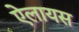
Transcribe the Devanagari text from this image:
ऐलायस